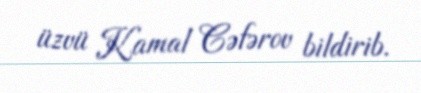
üzvü Kamal Cəfərov bildirib.